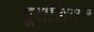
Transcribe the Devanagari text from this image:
यूरालियन